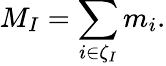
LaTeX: M_{I}=\sum_{i\in\zeta_{I}}m_{i}.